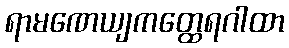
ရာမဏေယျကတ္ထေရဂါထာ